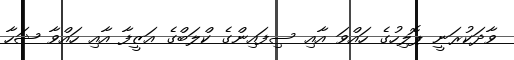
ވާދަކުރަނީ ޕޮލިހުގެ ހައްވަ އާއި ސިފައިންގެ ކްލަބްގެ އަޒީފާ އާއި ހައްވާ ޝަހާ